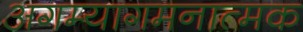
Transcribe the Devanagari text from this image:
अगम्यागमनात्मक